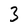
Character: 3